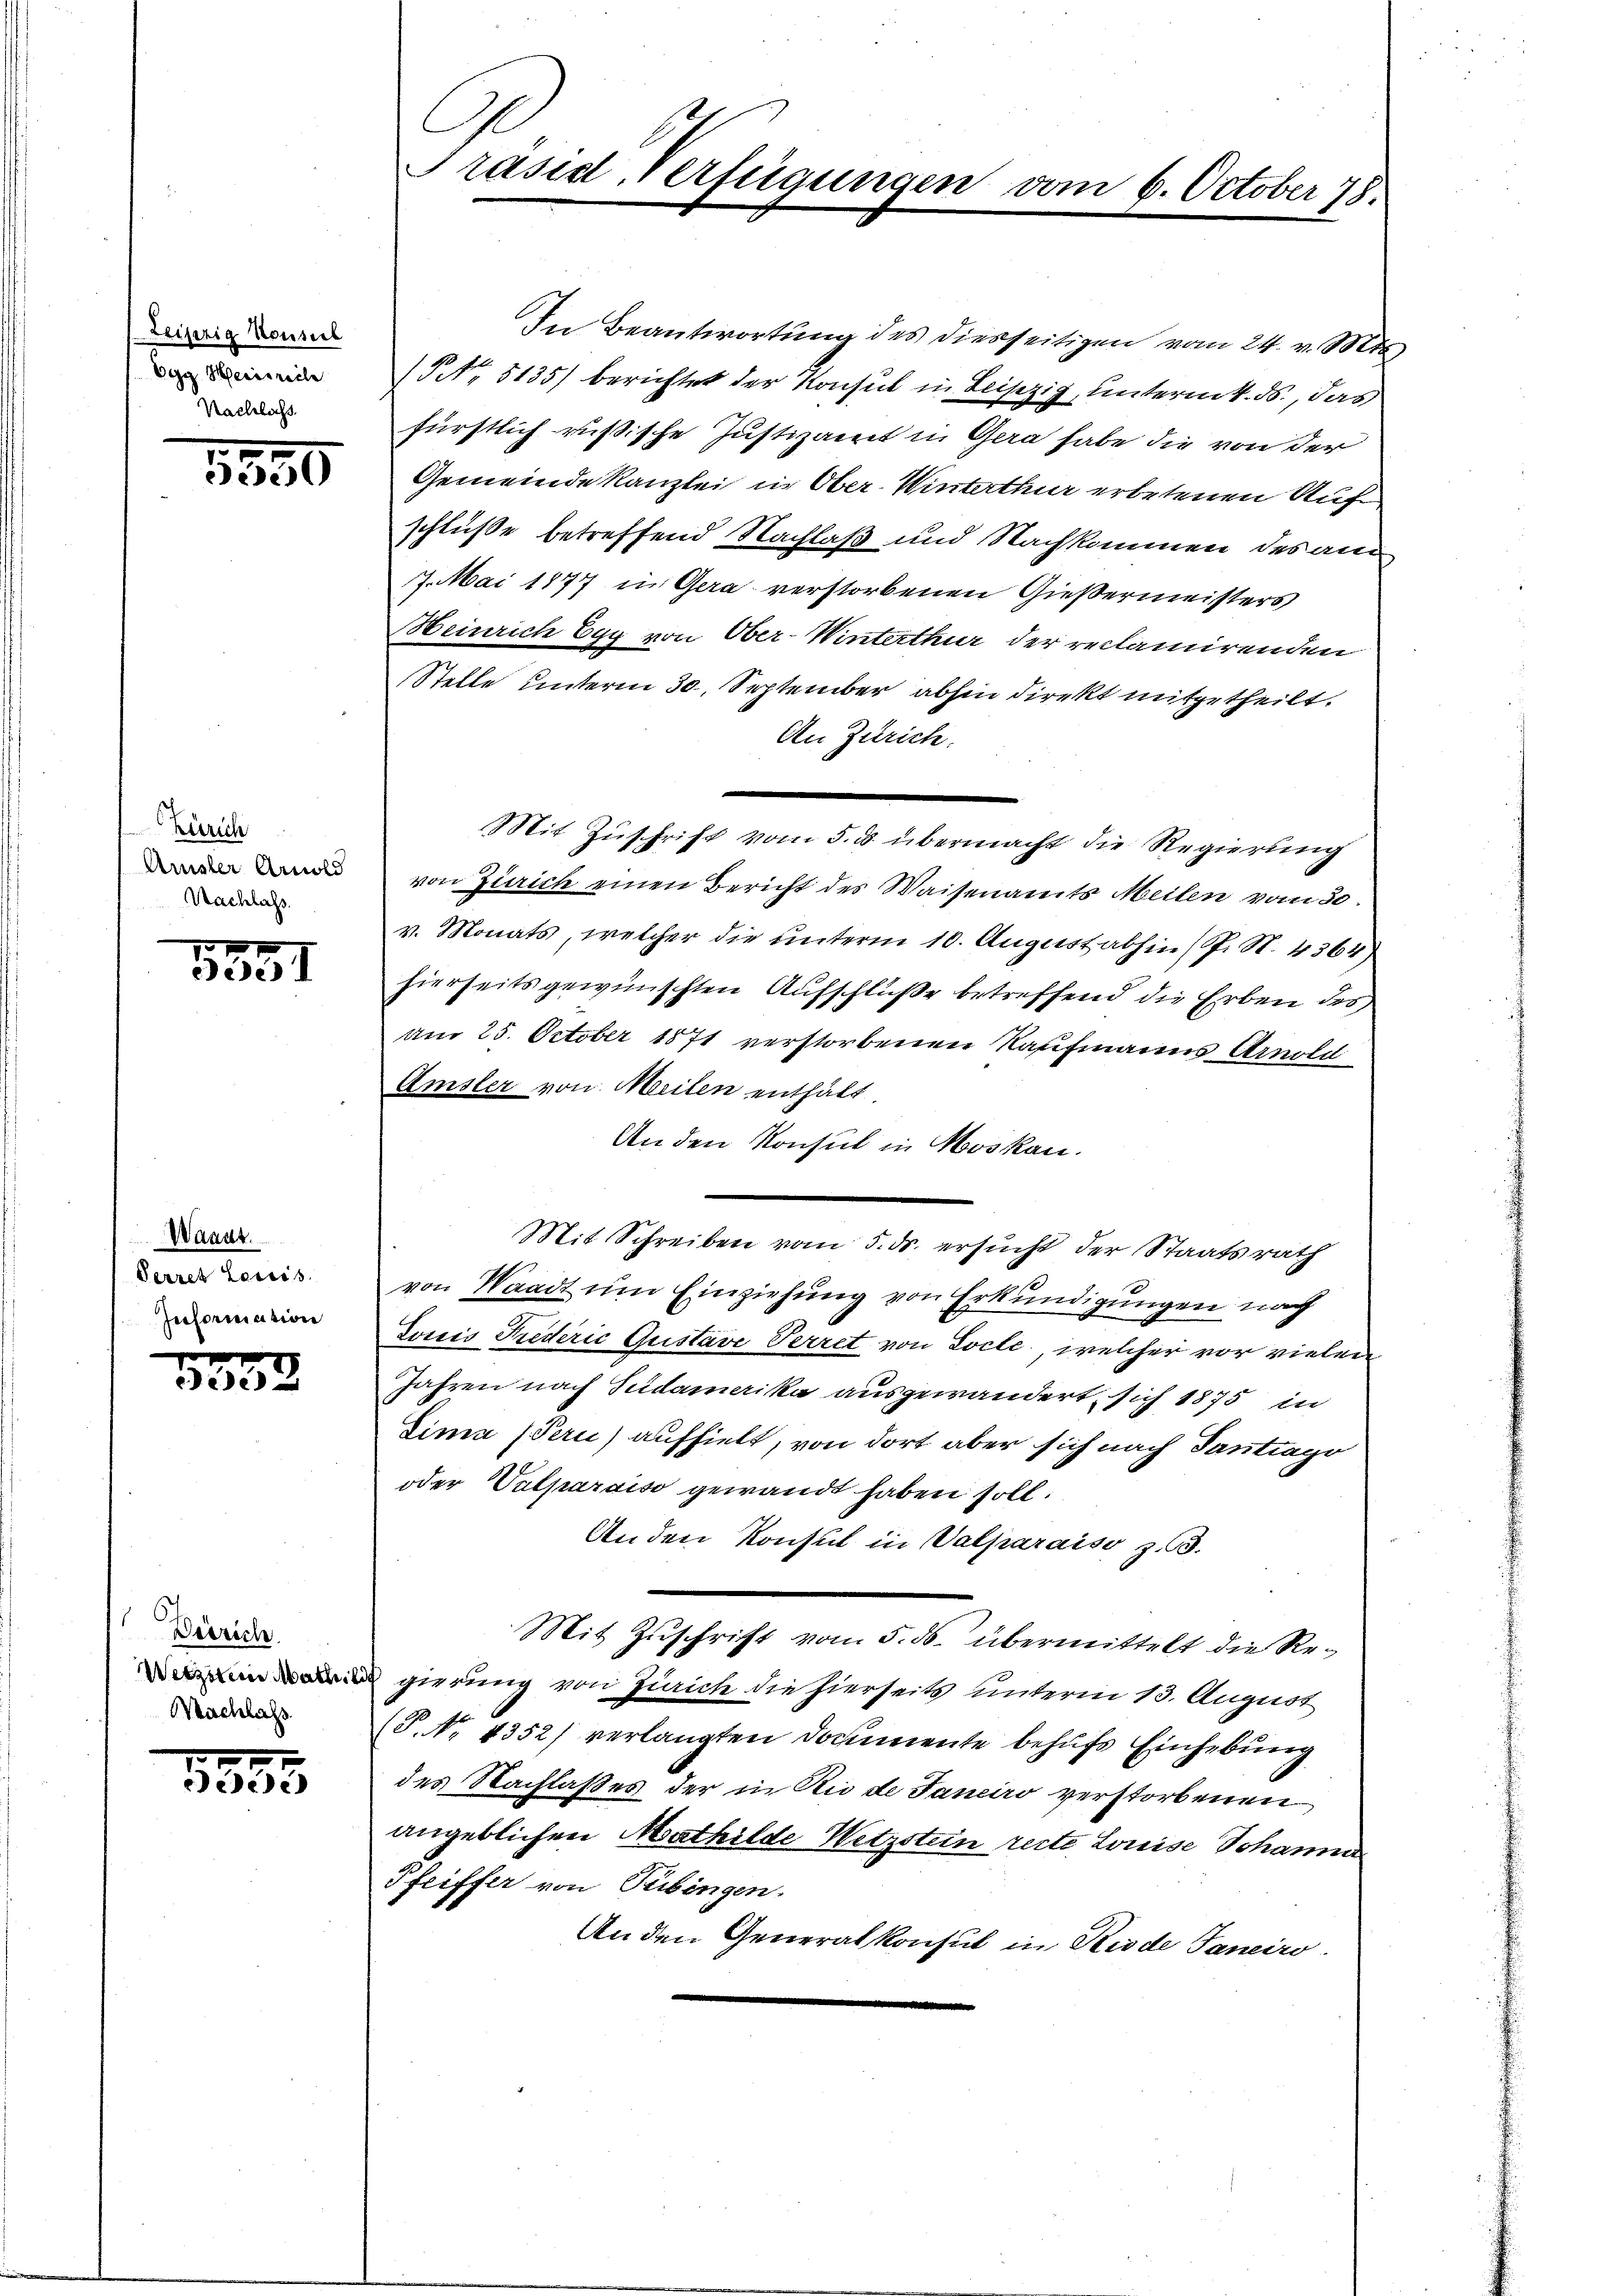
Leipzig Konsul
Egg Heinreche
Nachlass

1890

Zürich
Arister Arnold
Nachlass.

1551

Wanut.
Serres Lessis
Information

f
ede

Desrich
Wetzen Matheil
Machlass

7
edec

Präsid. Verfügungen vom 6. October 78.

In Beantwortung des diesseitigen vom 24. v. Mit
(Nr. 5135) berichtet der Konsul in Leipzig, unternt. ds., das
fürstlich rußische Justizamt in Gera habe die von der
Gemeinde Kanzlei in Ober-Winterthur erbetenen Auf
schluße betreffend Nachlaß und Nachkommen des am
7. Mai 1877 in Gera verstorbenen Gießermeisters
Heinrich Egg von Ober-Winterthur der reclamirenden
Stelle unterm 30. September abhin direkt mitgetheilt.
An Zürich.
Mit Zuschrift vom 5. ds. übermacht die Regierung
von Zürich einen Bericht des Waisenamts Meilen vom 30.
v. Monats, welcher die ŭnterm 10. August abhin (Sp. N. 4364)
hierseits gewünschten Aufschluße betreffend die Erben des
Am 25. October 1871 verstorbenen Naufmanns Arnold
Amsler von Meilen enthält.
An den Konsul in Moskau
Mit Schreiben vom 5. ds. ersucht der Staatsrath
von Waadt um Einziehung von Erkundigungen nach
Louis Frederić Gustave Verret von Locle, welcher vor vielen
Jahren nach Sudamerika ausgewandert sich 1875 in
Sinia (Pern) aufhielt, von dort aber sich nach Tantrago
oder Valparaiso gewandt haben soll.
Anden Konsul in Valparaiso z. 3.
Mit Zuschrift vom 5. ds. übermittelt die Regierung von Zürich die hierseits unterm 13. August
(P. Nr. 1352) verlangten Documente behufs Einhebung
des Nachlaßes der in Aus de Janeiro verstorbenen
angeblichen Mathilde Wetzstein recte Louise Johanna
Pfeiffer von Tübingen.
An den Generalkonsul in Rede Janeiro